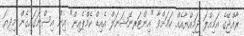
ރާއްޖޭގެ އަމިއްލަ ޖަމިއްޔާއެއް ކަމަށްވާ "އިންޓަރނޭޝަނަލް އެއިޑް ކެމްޕެއިން" އިން އިސްނަގައިގެން މިދިޔަ